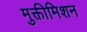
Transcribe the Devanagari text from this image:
मुक्तीमिशन